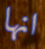
انها